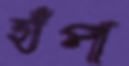
হাঁপ